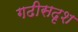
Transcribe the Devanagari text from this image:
गढीसदृश